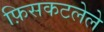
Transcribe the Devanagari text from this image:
फ़िसकटलेले